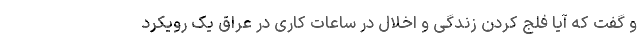
و گفت که آیا فلج کردن زندگی و اخلال در ساعات کاری در عراق یک رویکرد